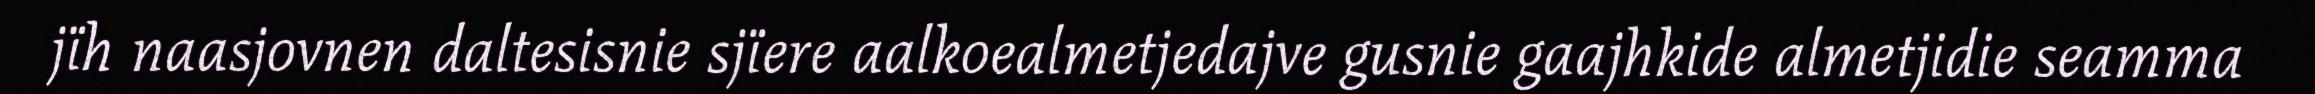
jïh naasjovnen daltesisnie sjïere aalkoealmetjedajve gusnie gaajhkide almetjidie seamma